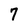
Character: 7